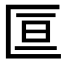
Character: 𫧑